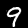
Digit: 9